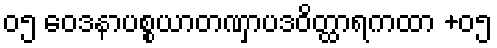
၀၅ ဝေဒနာပစ္စယာတဏှာပဒဝိတ္ထာရကထာ +၀၅